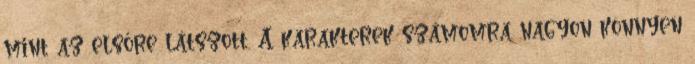
mint az elsőre látszott. A karakterek számomra nagyon könnyen